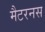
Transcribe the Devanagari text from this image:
मैटरनस